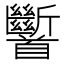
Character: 𩠹